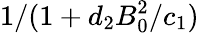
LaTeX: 1/(1+d_{2}B_{0}^{2}/c_{1})